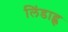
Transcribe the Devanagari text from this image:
लिंडाह्ल